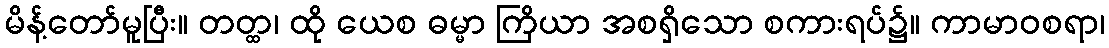
မိန့်တော်မူပြီး။ တတ္ထ၊ ထို ယေစ ဓမ္မာ ကြိယာ အစရှိသော စကားရပ်၌။ ကာမာဝစရာ၊